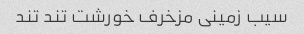
سیب زمینی مزخرف خورشت تند تند